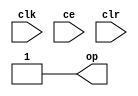
module sysgen_constant_1e52d3a74c (
  output [(1 - 1):0] op,
  input clk,
  input ce,
  input clr);
  assign op = 1'b1;
endmodule